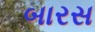
બારસ